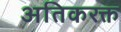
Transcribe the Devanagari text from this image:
अतिकरक्त